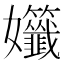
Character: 𡤷